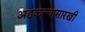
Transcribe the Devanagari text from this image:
अडकल्यासारखी